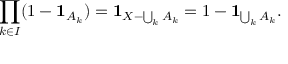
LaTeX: \prod _ { k \in I } ( 1 - \mathbf { 1 } _ { A _ { k } } ) = \mathbf { 1 } _ { X - \bigcup _ { k } A _ { k } } = 1 - \mathbf { 1 } _ { \bigcup _ { k } A _ { k } } .